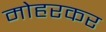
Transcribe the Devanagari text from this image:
मोहरकर